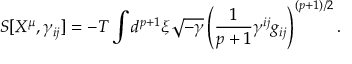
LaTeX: S [ X ^ { \mu } , \gamma _ { i j } ] = - T \int d ^ { p + 1 } \xi \sqrt { - \gamma } \left( \frac { 1 } { p + 1 } \gamma ^ { i j } g _ { i j } \right) ^ { ( p + 1 ) / 2 } .